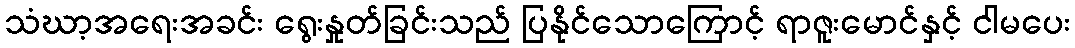
သံဃာ့အရေးအခင်း ရွေးနှုတ်ခြင်းသည် ပြနိုင်သောကြောင့် ရာဇူးမောင်နှင့် ငါမပေး